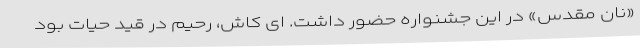
«نان مقدس» در این جشنواره حضور داشت. ای کاش، رحیم در قید حیات بود